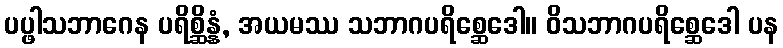
ပပ္ဖါသဘာဂေန ပရိစ္ဆိန္နံ, အယမဿ သဘာဂပရိစ္ဆေဒေါ။ ဝိသဘာဂပရိစ္ဆေဒေါ ပန